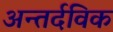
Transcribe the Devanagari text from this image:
अन्तर्दविक